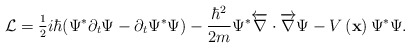
\begin{align*}\mathcal{L}=\frac{_1}{^2}i\hbar (\Psi ^{*}\partial _t\Psi -\partial _t\Psi^{*}\Psi )-\frac{\hbar ^2}{2m}\Psi ^{*}\overleftarrow{\nabla }\cdot \overrightarrow{\nabla }\Psi -V\left( \mathbf{x}\right) \Psi ^{*}\Psi .\end{align*}